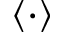
\langle \cdot \rangle